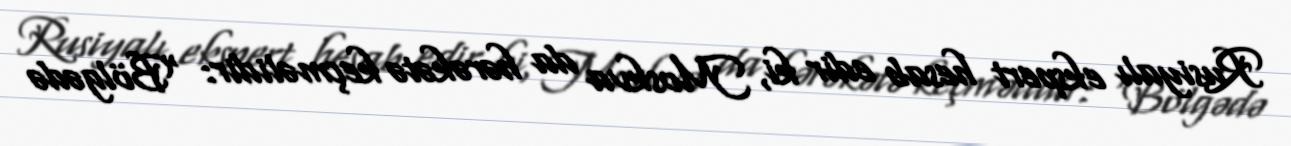
Rusiyalı ekspert hesab edir ki, Moskva da hərəkətə keçməlidir: “Bölgədə